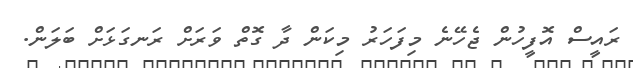
ރައީސް އޮފީހުން ޖެހޭނެ މިފަހަރު މިކަން ދާ ގޮތް ވަރަށް ރަނގަޅަށް ބަލަން.